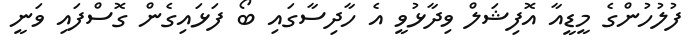
ފުލުހުންގެ މީޑީއާ އޮފިޝަލް ވިދާޅުވީ އެ ހާދިސާގައި ބޯ ފަޅައިގެން ގޮސްފައި ވަނީ